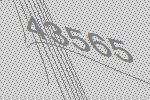
43565